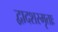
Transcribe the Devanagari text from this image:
द्वादशस्मृताः